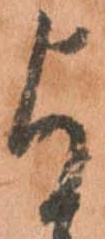
与